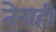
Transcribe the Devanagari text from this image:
तेराही